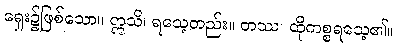
ရှေး၌ဖြစ်သော။ ဣသိ၊ ရသေ့တည်း။ တဿ၊ ထိုကစ္စရသေ့၏။